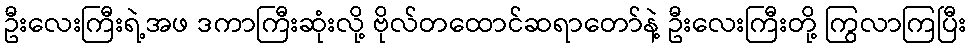
ဦးလေးကြီးရဲ့အဖ ဒကာကြီးဆုံးလို့ ဗိုလ်တထောင်ဆရာတော်နဲ့ ဦးလေးကြီးတို့ ကြွလာကြပြီး